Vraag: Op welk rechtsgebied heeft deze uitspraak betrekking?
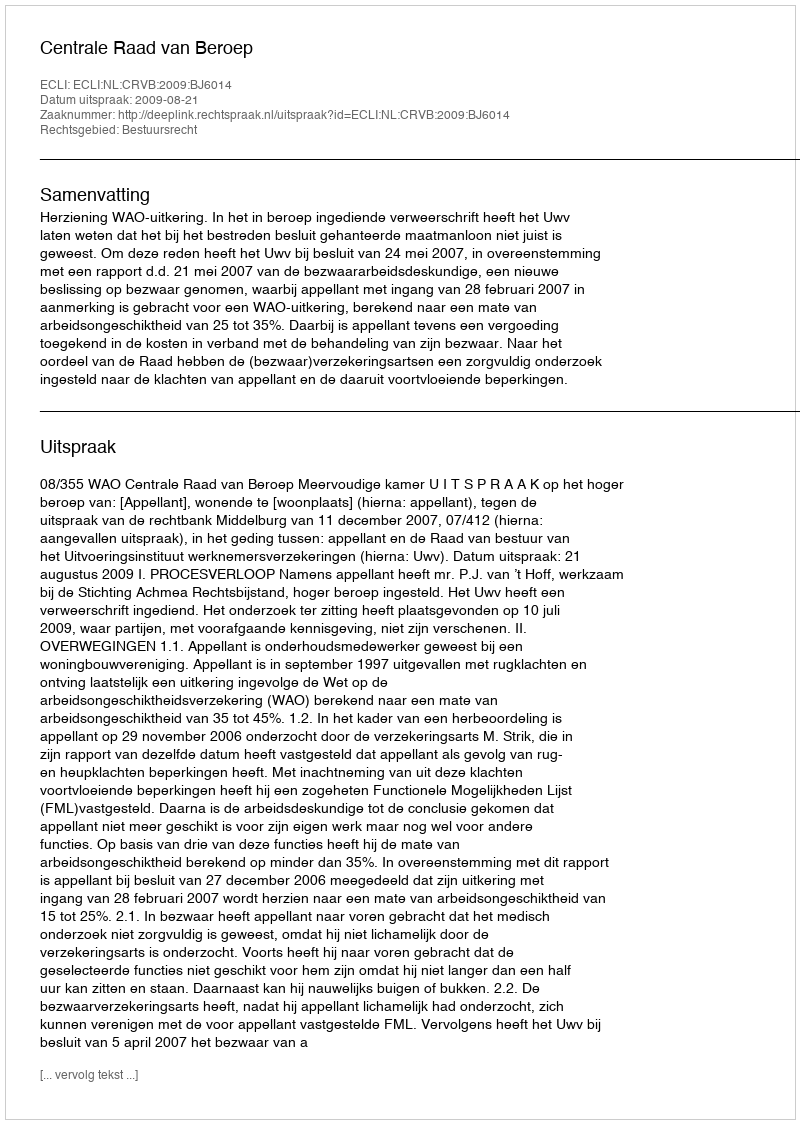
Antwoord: Bestuursrecht